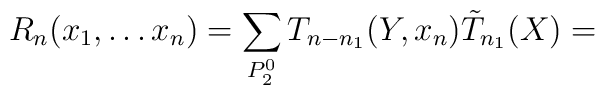
R_n(x_1,\ldots x_n)=\sum_{P_2^0}T_{n-n_1}(Y,x_n)\tilde T_{n_1}(X)=